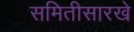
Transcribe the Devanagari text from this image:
समितीसारखे